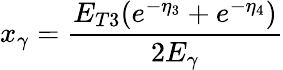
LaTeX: x_{\gamma}=\frac{E_{T3}(e^{-\eta_{3}}+e^{-\eta_{4}})}{2E_{\gamma}}